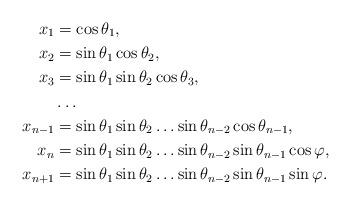
LaTeX: \begin{align*}x_1&=\cos\theta_1,\\x_2&=\sin\theta_1\cos\theta_2,\\x_3&=\sin\theta_1\sin\theta_2\cos\theta_3,\\&\dots\\x_{n-1}&=\sin\theta_1\sin\theta_2\dots\sin\theta_{n-2}\cos\theta_{n-1},\\x_n&=\sin\theta_1\sin\theta_2\dots\sin\theta_{n-2}\sin\theta_{n-1}\cos\varphi,\\x_{n+1}&=\sin\theta_1\sin\theta_2\dots\sin\theta_{n-2}\sin\theta_{n-1}\sin\varphi.\end{align*}